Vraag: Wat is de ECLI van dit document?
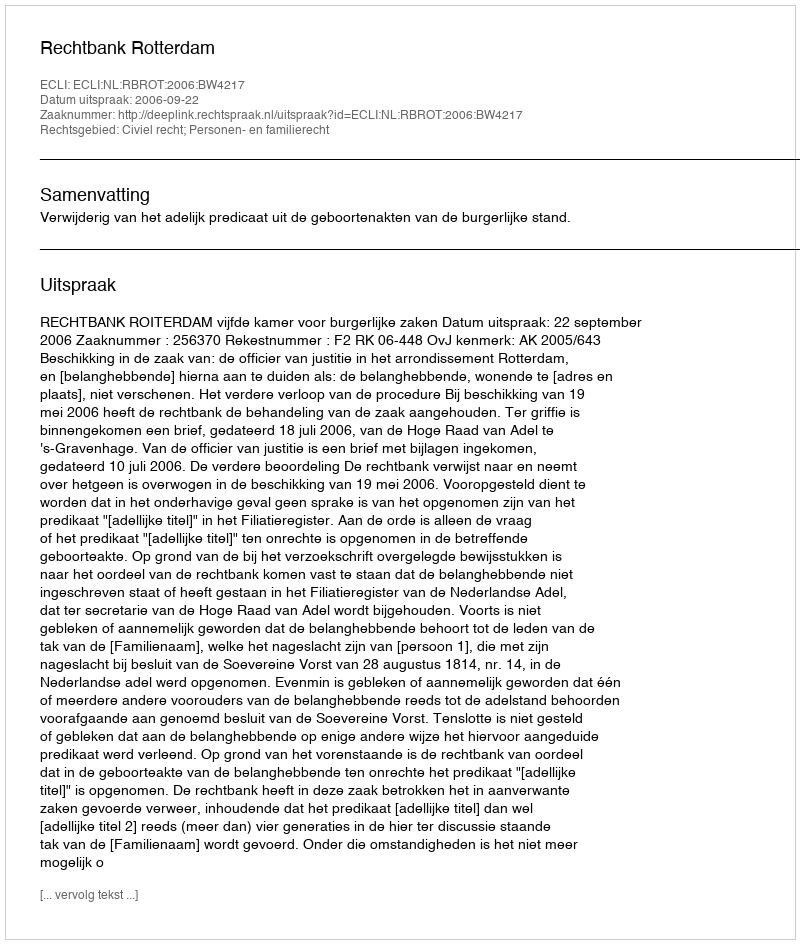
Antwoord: ECLI:NL:RBROT:2006:BW4217